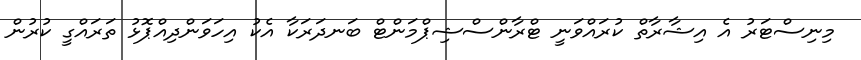
މިނިސްޓަރު އެ އިޝާރާތް ކުރައްވަނީ ޓްރާންސްޝިޕްމަންޓް ބަނދަރަކާ އެކު އިހަވަންދިއްޕޮޅު ތަރައްގީ ކުރުން